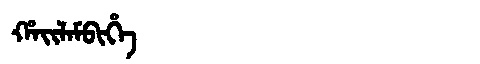
Manchu: ᡥᠠᡳᠯᠠᠮᠪᡳᡥᡝ
Romanization: HAILAMBIHE